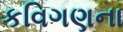
કવિગણના